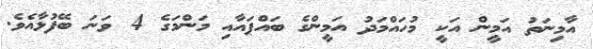
އާމިނަތު އަމީން އަކީ މުހައްމަދު އަމީންގެ ބައްޕައާއި މަންމަގެ 4 ވަނަ ބޭފުޅާއެވެ.